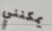
يمكنني